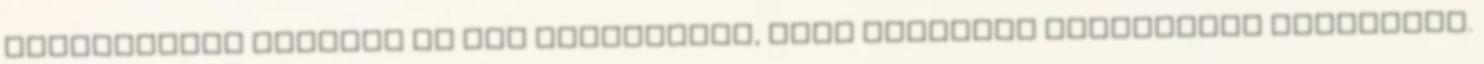
Brock­hau­ser Bar­bara le sem ta­gad­hatná, hogy ko­ráb­ban mo­dell­ként dol­go­zott.